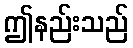
ဤနည်းသည်